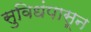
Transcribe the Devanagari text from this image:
सुविधंपासून